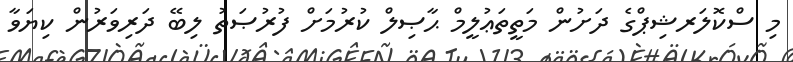
މި ސްކޮލަރޝިޕްގެ ދަށުން މަތީތަޢުލީމް ޙާޞިލް ކުރުމަށް ފުރުޞަތު ލިބޭ ދަރިވަރުން ކިޔަވާ